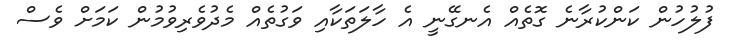
ފުލުހުން ކަންކުރާނެ ގޮތެއް އެނގޭނީ އެ ހާލަތަކާއި ވަގުތެއް މެދުވެރިވުމުން ކަމަށް ވެސް